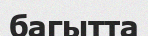
багытта